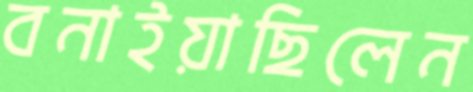
বনাইয়াছিলেন